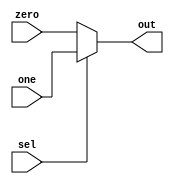
//------------------------------------------------------------+
// Project: Programmable Accelerator
// Module: mux2
// Description:
//		mux2
//		
//
// History: 2022.08.09 by Min-Gyu Park (alsrbok@snu.ac.kr)
//------------------------------------------------------------+

module mux2 #( parameter WIDTH = 16)
	(
    input [WIDTH-1:0] zero,
    input [WIDTH-1:0] one,
    input sel,
    output [WIDTH-1:0] out
    );
	
	assign out = sel ? one : zero;
	
endmodule